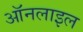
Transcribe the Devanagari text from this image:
ऑनलाइल